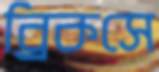
ব্রিকসে